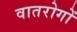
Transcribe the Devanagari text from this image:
वातरोगों